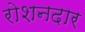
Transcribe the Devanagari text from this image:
रोशनदार